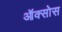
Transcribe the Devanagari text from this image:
ऑक्सोस